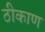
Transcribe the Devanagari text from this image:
ठीकाण